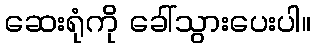
ဆေးရုံကို ခေါ်သွားပေးပါ။